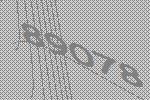
89078